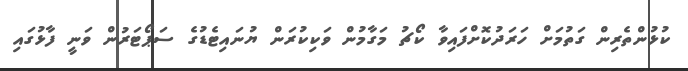
ކުޅުންތެރިން ގަތުމަށް ހަރަދުކޮށްފައިވާ ކޯޗު މަގާމުން ވަކިކުރަން ޔުނައިޓެޑުގެ ސަޕޯޓަރުން ވަނީ ފާޅުގައި